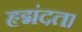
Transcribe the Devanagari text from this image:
हृद्मंदता